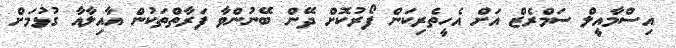
އިސްމާއީލް ސަމްރެޒް އަށް އެހީތެރިކަން ފޯރުކޮށް ދޭން ބޭނުންވާ ފަރާތްތަކުން އާއިލާއާ ގުޅުމަށް